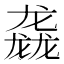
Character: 𮹝